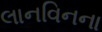
લાનવિનના